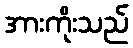
အားကိုးသည်